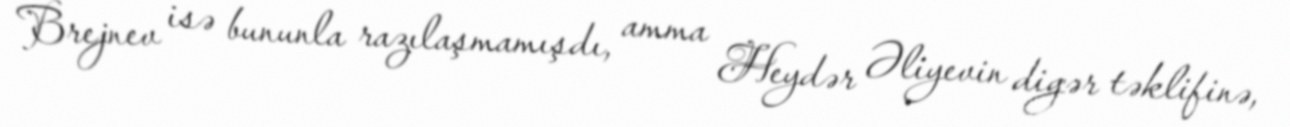
Brejnev isə bununla razılaşmamışdı, amma Heydər Əliyevin digər təklifinə,